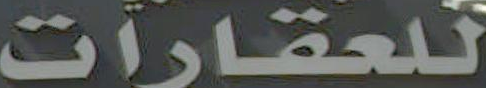
للعقارات